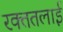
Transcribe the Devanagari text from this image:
रक्‍ततलाई